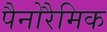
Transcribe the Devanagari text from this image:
पैनोरैमिक